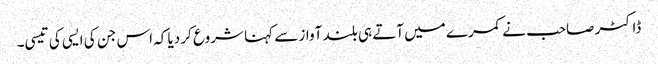
ڈاکٹر صاحب نے کمرے میں آتے ہی بلند آواز سے کہنا شروع کر دیا کہ اس جن کی ایسی کی تیسی۔